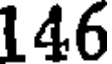
146